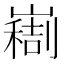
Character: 𫶚